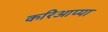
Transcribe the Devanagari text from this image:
करिआप्पा